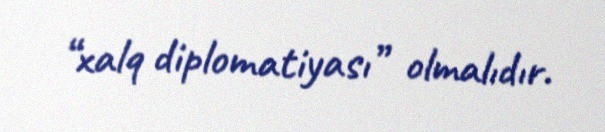
“xalq diplomatiyası” olmalıdır.